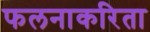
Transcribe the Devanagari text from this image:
फलनाकरिता